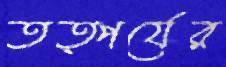
তত্পর্যের